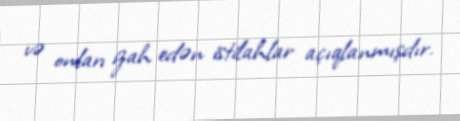
və onları izah edən istilahlar açıqlanmışdır.